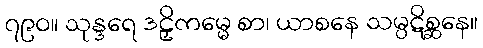
၇၉၀။ သုန္ဒရေ ဒဠှိကမ္မေ စာ၊ ယာစနေ သမ္ပဋိစ္ဆနေ။